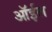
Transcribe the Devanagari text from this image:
ऑर्इल